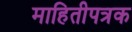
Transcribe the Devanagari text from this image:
माहितीपत्रक